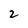
Character: 2